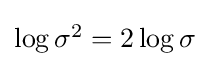
{\textstyle \log \sigma ^{2}=2\log \sigma }